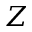
Z